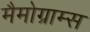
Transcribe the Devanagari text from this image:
मैमोग्राम्स